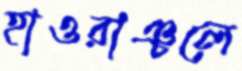
হাওরাঞ্চলে